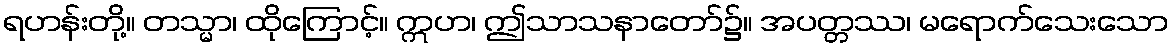
ရဟန်းတို့။ တသ္မာ၊ ထိုကြောင့်။ ဣဟ၊ ဤသာသနာတော်၌။ အပတ္တဿ၊ မရောက်သေးသော